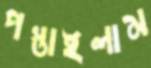
পস্তাইলাম